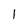
Character: l